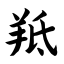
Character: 羝